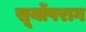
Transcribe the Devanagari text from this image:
सूर्योपराग